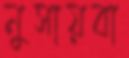
নুসায়বা